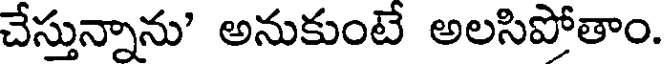
చేస్తున్నాను' అనుకుంటే అలసిపోతాం.